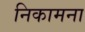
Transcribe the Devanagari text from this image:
निकामना